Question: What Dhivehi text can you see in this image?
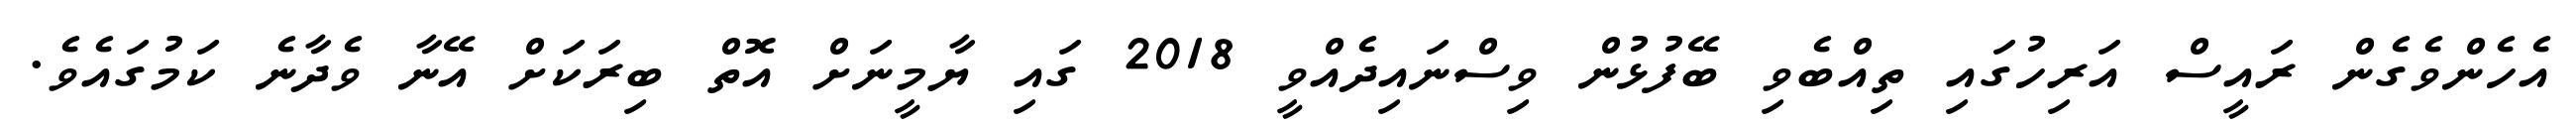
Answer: އެހެންވެގެން ރައީސް އަރިހުގައި ތިއްބެވި ބޭފުޅުން ވިސްނައިދެއްވީ 2018 ގައި ޔާމީނަށް އޮތް ބިރަކަށް އޭނާ ވެދާނެ ކަމުގައެވެ.